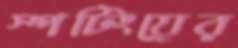
স্পটিংয়ের